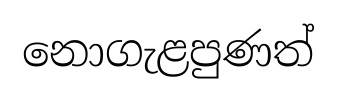
නොගැළපුණත්